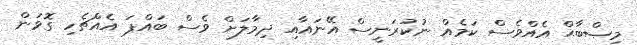
މިޞްބާޙް އެއްވެސް ކަމެއް ނުކުރަނީސް އޭނައާއި ދިމާލަށް ވެސް ބައްޕަ އެއްޗެހި ގޮވަން